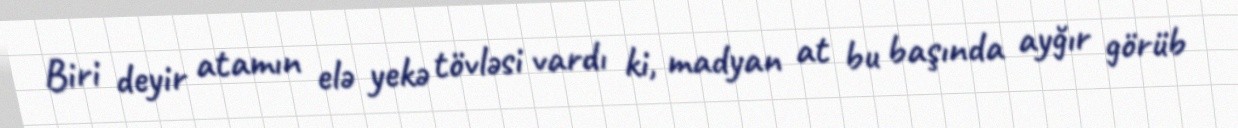
Biri deyir atamın elə yekə tövləsi vardı ki, madyan at bu başında ayğır görüb